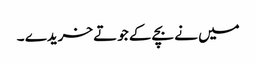
میں نے بچے کے جوتے خریدے ۔